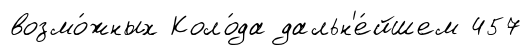
возмо́жных Коло́да дальн'е́йшем 457